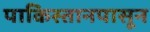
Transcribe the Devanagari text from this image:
पाकिस्तानपासून